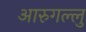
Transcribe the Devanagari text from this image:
आरुगल्लु